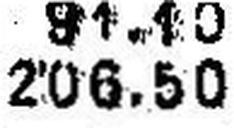
206.50